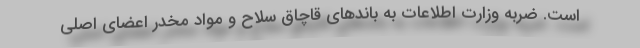
است. ضربه وزارت اطلاعات به باندهای قاچاق سلاح و مواد مخدر اعضای اصلی